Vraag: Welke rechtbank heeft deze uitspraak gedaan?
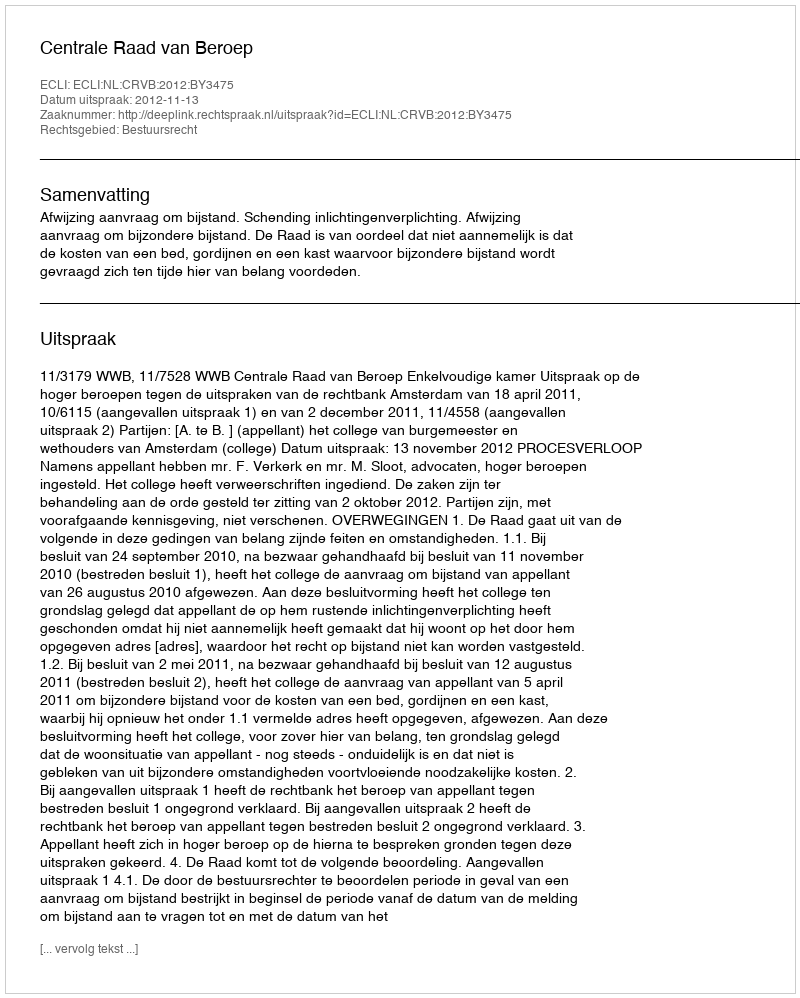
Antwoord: Centrale Raad van Beroep